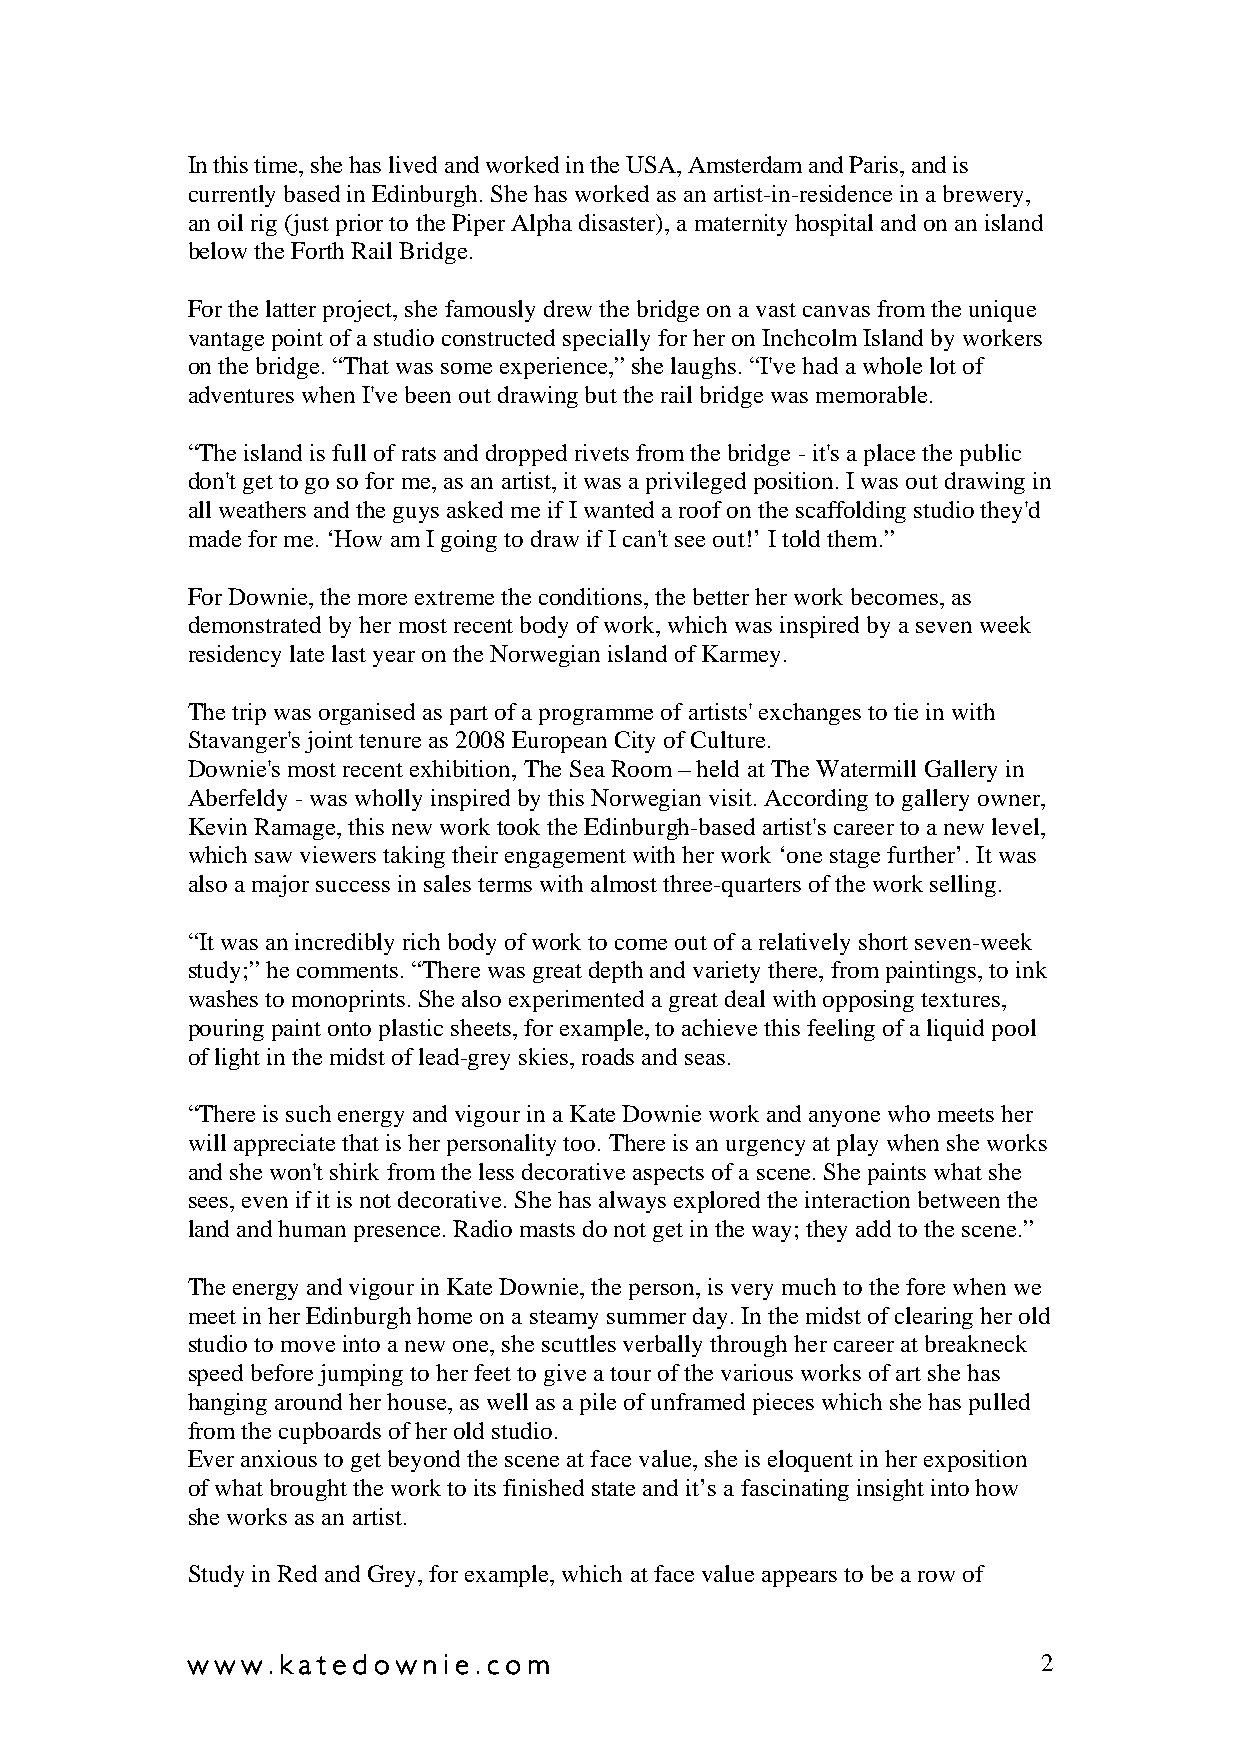
In this time, she has lived and worked in the USA, Amsterdam and Paris, and is
 currently based in Edinburgh. She has worked as an artist-in-residence in a brewery,
 an oil rig (just prior to the Piper Alpha disaster), a maternity hospital and on an island
 below the Forth Rail Bridge.
 For the latter project, she famously drew the bridge on a vast canvas from the unique
 vantage point of a studio constructed specially for her on Inchcolm Island by workers
 on the bridge. “That was some experience,” she laughs. “I've had a whole lot of
 adventures when I've been out drawing but the rail bridge was memorable.
 “The island is full of rats and dropped rivets from the bridge - it's a place the public
 don't get to go so for me, as an artist, it was a privileged position. I was out drawing in
 all weathers and the guys asked me if I wanted a roof on the scaffolding studio they'd
 made for me. ‘How am I going to draw if I can't see out!’ I told them.”
 For Downie, the more extreme the conditions, the better her work becomes, as
 demonstrated by her most recent body of work, which was inspired by a seven week
 residency late last year on the Norwegian island of Karmey.
 The trip was organised as part of a programme of artists' exchanges to tie in with
 Stavanger's joint tenure as 2008 European City of Culture.
 Downie's most recent exhibition, The Sea Room – held at The Watermill Gallery in
 Aberfeldy - was wholly inspired by this Norwegian visit. According to gallery owner,
 Kevin Ramage, this new work took the Edinburgh-based artist's career to a new level,
 which saw viewers taking their engagement with her work ‘one stage further’. It was
 also a major success in sales terms with almost three-quarters of the work selling.
 “It was an incredibly rich body of work to come out of a relatively short seven-week
 study;” he comments. “There was great depth and variety there, from paintings, to ink
 washes to monoprints. She also experimented a great deal with opposing textures,
 pouring paint onto plastic sheets, for example, to achieve this feeling of a liquid pool
 of light in the midst of lead-grey skies, roads and seas.
 “There is such energy and vigour in a Kate Downie work and anyone who meets her
 will appreciate that is her personality too. There is an urgency at play when she works
 and she won't shirk from the less decorative aspects of a scene. She paints what she
 sees, even if it is not decorative. She has always explored the interaction between the
 land and human presence. Radio masts do not get in the way; they add to the scene.”
 The energy and vigour in Kate Downie, the person, is very much to the fore when we
 meet in her Edinburgh home on a steamy summer day. In the midst of clearing her old
 studio to move into a new one, she scuttles verbally through her career at breakneck
 speed before jumping to her feet to give a tour of the various works of art she has
 hanging around her house, as well as a pile of unframed pieces which she has pulled
 from the cupboards of her old studio.
 Ever anxious to get beyond the scene at face value, she is eloquent in her exposition
 of what brought the work to its finished state and it’s a fascinating insight into how
 she works as an artist.
 Study in Red and Grey, for example, which at face value appears to be a row of
 w w w . k a t e d ow n i e . c o m                       2